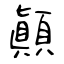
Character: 顚